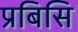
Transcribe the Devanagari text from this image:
प्रबिसि